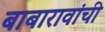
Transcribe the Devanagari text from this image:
बाबारावांची